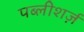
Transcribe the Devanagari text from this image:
पब्लीशर्ज़